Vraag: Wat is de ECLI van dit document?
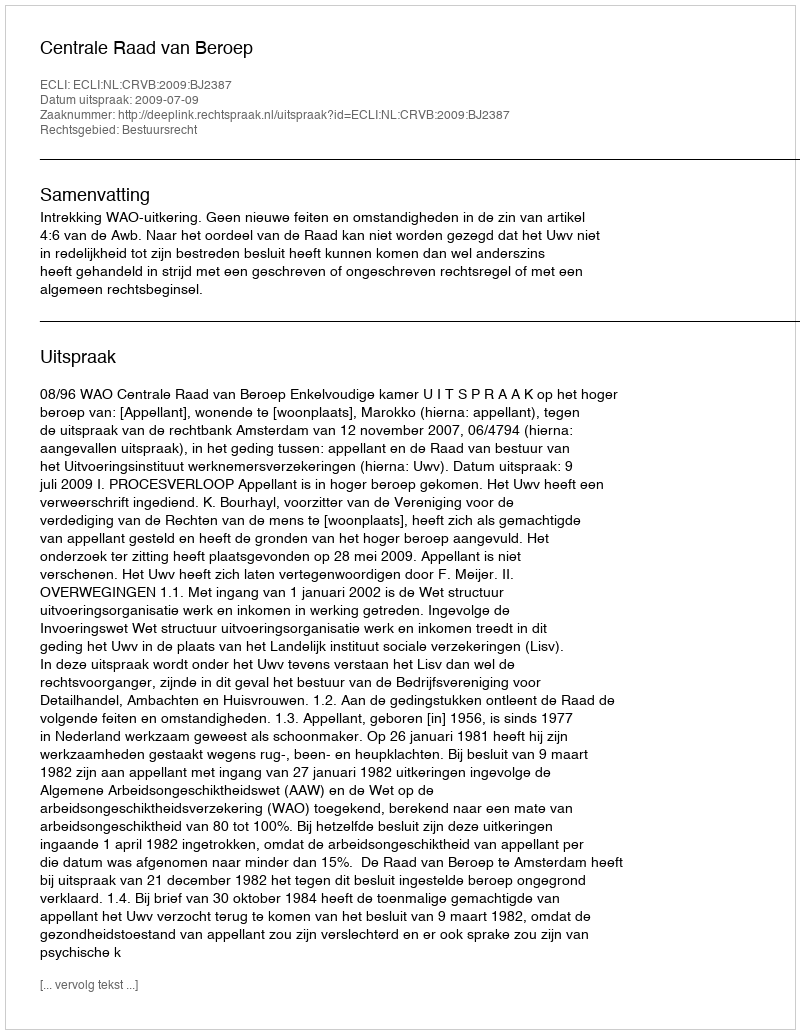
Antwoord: ECLI:NL:CRVB:2009:BJ2387